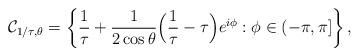
LaTeX: \begin{align*} \mathcal{C}_{ 1/\tau, \theta} = \left\{\frac{1}{\tau} + \frac{1}{2 \cos\theta} \Big(\frac{1}{\tau} - \tau\Big) e^{i\phi}: \phi \in (-\pi, \pi]\right\}, \end{align*}